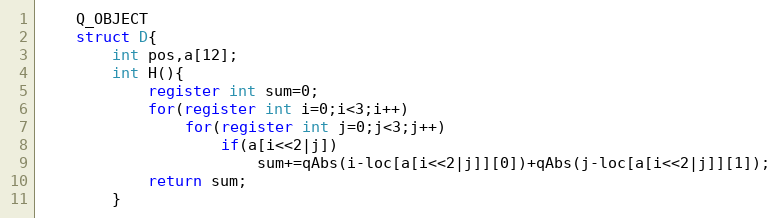
Language: C
    Q_OBJECT
    struct D{
        int pos,a[12];
        int H(){
            register int sum=0;
            for(register int i=0;i<3;i++)
                for(register int j=0;j<3;j++)
                    if(a[i<<2|j])
                        sum+=qAbs(i-loc[a[i<<2|j]][0])+qAbs(j-loc[a[i<<2|j]][1]);
            return sum;
        }